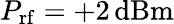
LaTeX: P_{\mathrm{rf}}=+2\, \mathrm{dBm}